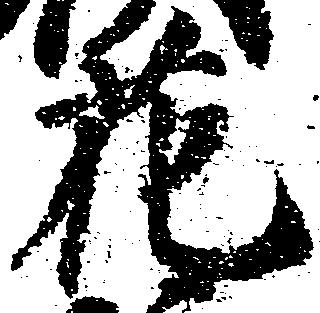
花